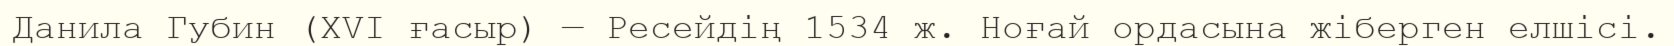
Данила Губин (XVI ғасыр) — Ресейдің 1534 ж. Ноғай ордасына жіберген елшісі.